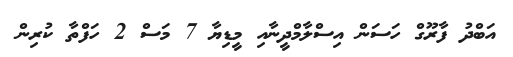
އަބްދު ފާރޫގް ހަސަން އިސްލާމްދީނާއި މީޑިޔާ 7 މަސް 2 ހަފްތާ ކުރިން